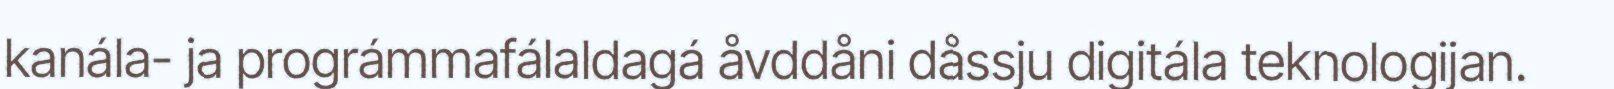
kanála- ja prográmmafálaldagá åvddåni dåssju digitála teknologijan.